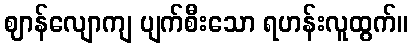
ဈာန်လျောကျ ပျက်စီးသော ရဟန်းလူထွက်။